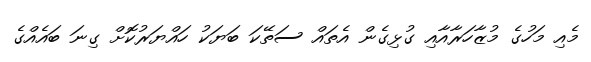
މެއި މަހުގެ މުޒާހަރާއާއި ގުޅިގެން އެތައް ސަތޭކަ ބަޔަކު ހައްޔަރުކޮށް ގިނަ ބައެއްގެ